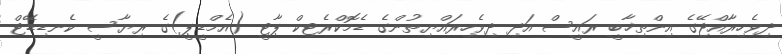
ދިވެހިރާއްޖޭގެ އިންތިޚާބީ ރައީސް އަދި ދިވެހިރައްޔިތުންގެ ޑެމޮކްރެޓިކް ޕާޓީ (އެމްޑީޕީ)ގެ ރިޔާސީ ކެނޑިޑޭޓް